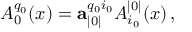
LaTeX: A _ { 0 } ^ { q _ { 0 } } ( x ) = \mathbf { a } _ { | 0 | } ^ { q _ { 0 } i _ { 0 } } A _ { i _ { 0 } } ^ { | 0 | } ( x ) \, ,